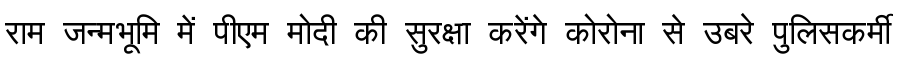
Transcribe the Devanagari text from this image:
राम जन्मभूमि में पीएम मोदी की सुरक्षा करेंगे कोरोना से उबरे पुलिसकर्मी